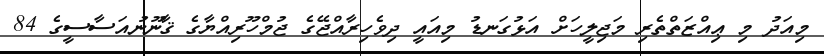
މިއަދު މި ޢިއްޒަތްތެރި މަޖިލީހަށް އަޅުގަނޑު މިއައީ ދިވެހިރާއްޖޭގެ ޖުމްހޫރިއްޔާގެ ޤާނޫނުއަސާސީގެ 84